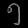
Digit: ၅